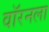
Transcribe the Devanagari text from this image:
वॉरनला